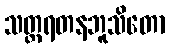
သတ္တရတနဘူသိတော